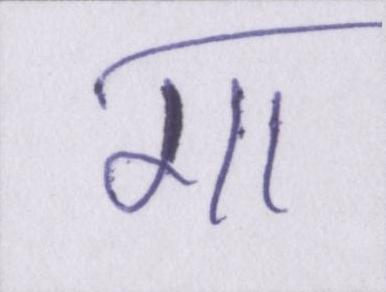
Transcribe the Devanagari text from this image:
गा